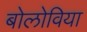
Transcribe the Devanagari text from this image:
बोलोविया